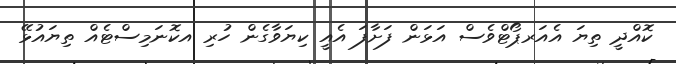
ކޮއްދީ ތިޔަ އެއަރޕޯޓްވެސް އަޅަން ފަށާފަ އެއީ ކިޔަވާގެން ހުރި އކޮނަމިސްޓެއް ތިޔައުޅޭ